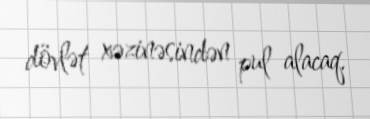
dövlət xəzinəsindən pul alacaq.